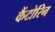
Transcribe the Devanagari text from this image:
कैंटोरिन